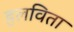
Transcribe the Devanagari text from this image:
हलविता